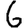
Digit: 6